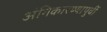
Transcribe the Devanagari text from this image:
अंगिकारण्यापुर्वी